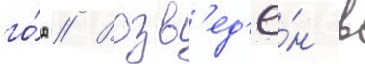
го́д // Возв'ед'ё́н в